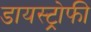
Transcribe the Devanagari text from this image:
डायस्ट्रोफी